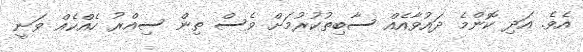
އެވެ. އަދި ކޮންމެ ދައުވާއެއް ސާބިތުކުރުމަށް ވެސް ތިން ސިއްރު ހެއްކެއް ވަނީ